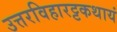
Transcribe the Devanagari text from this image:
उत्तरविहारट्टकथायं